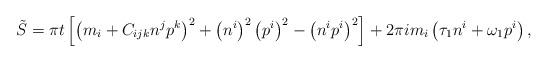
\begin{align*}\tilde S=\pi t \left[ \left(m_i+ C_{ijk} n^j p^k\right)^2 +\left(n^i \right)^2 \left(p^i\right)^2 -\left(n^i p^i\right)^2\right] + 2\pi i m_i \left(\tau_1 n^i+\omega_1 p^i\right) ,\end{align*}